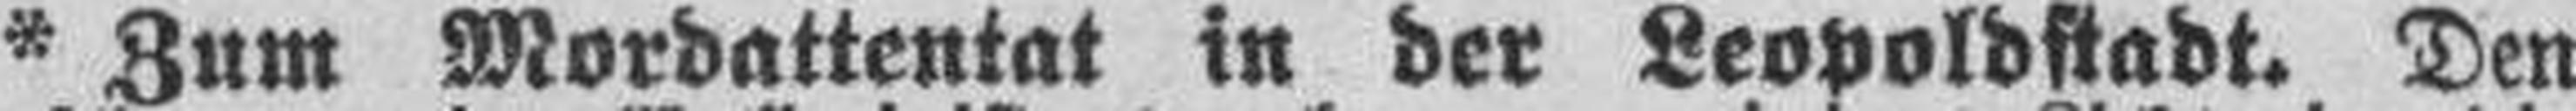
* Zum Mordattentat in der Leopoldstadt. Den